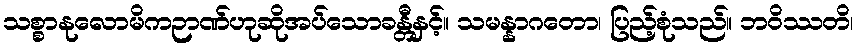
သစ္စာနုလောမိကဉာဏ်ဟုဆိုအပ်သောခန္တီနှင့်။ သမန္နာဂတော၊ ပြည့်စုံသည်။ ဘဝိဿတိ၊